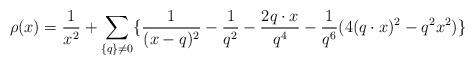
LaTeX: \begin{align*}\rho (x) = \frac{1}{x^{2}} +\sum_{\{ q \} \neq 0} \{\frac{1}{(x-q)^{2}} -\frac{1}{q^{2}} -\frac{2 q \cdot x}{q^{4}} -\frac{1}{q^{6}} (4(q \cdot x)^{2} - q^{2} x^{2}) \}\end{align*}